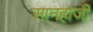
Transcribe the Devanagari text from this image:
सानहाजी